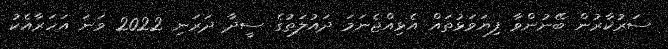
ސަރުކާރުން ބޭނުންވާ ފިޔަވަޅުތައް އެޅިއްޖެނަމަ ދައުލަތުގެ ސީދާ ދަރަނި 2022 ވަނަ އަހަރާއެކު